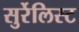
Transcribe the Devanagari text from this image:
सुर्रेलिस्ट